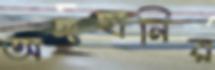
অঙ্গহানির